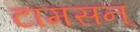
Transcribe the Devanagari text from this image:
टामसन्